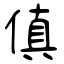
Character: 傎